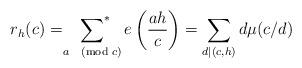
LaTeX: \begin{align*} r_h(c)=\sideset{}{^*}\sum_{a\pmod{c}} e\left(\frac{ah}{c}\right)=\sum_{d\mid (c,h)} d\mu(c/d)\end{align*}